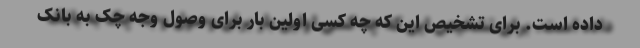
داده است. برای تشخیص این که چه کسی اولین بار برای وصول وجه چک به بانک